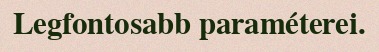
Legfontosabb paraméterei.